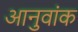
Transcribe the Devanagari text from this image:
आनुवांक